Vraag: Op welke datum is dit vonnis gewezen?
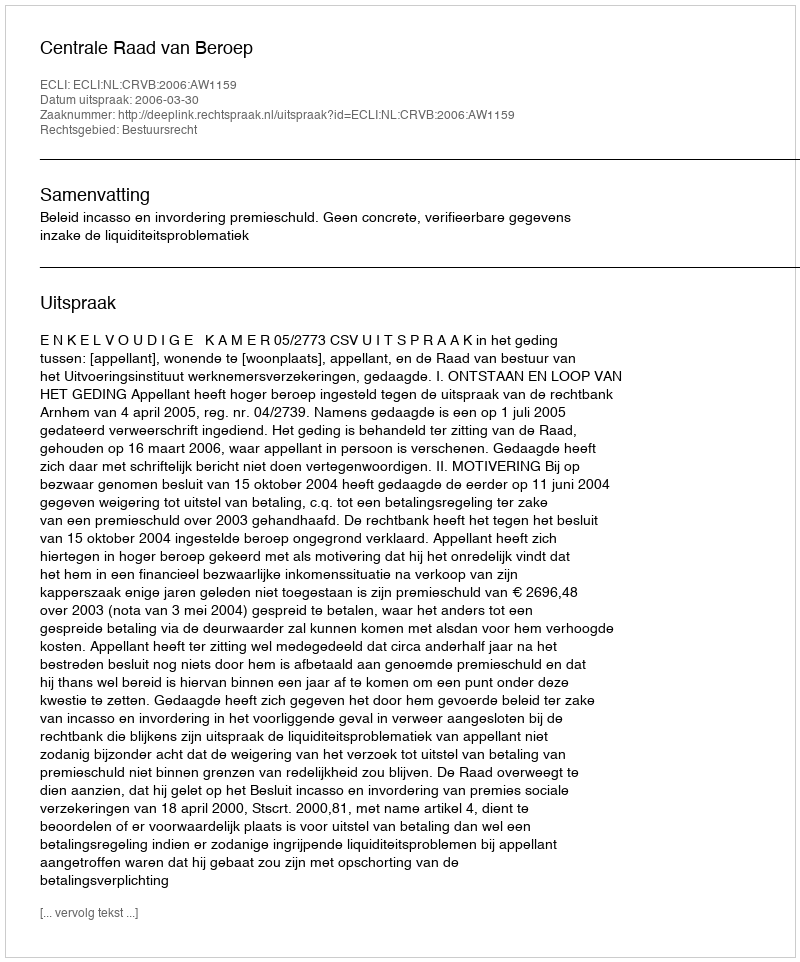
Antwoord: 2006-03-30